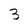
Character: 3